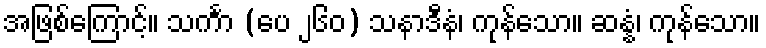
အဖြစ်ကြောင့်။ သင်္ကာ (ပေ ၂၆၀) သနာဒီနံ၊ ကုန်သော။ ဆန္နံ၊ ကုန်သော။